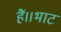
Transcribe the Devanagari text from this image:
हैं।।भाट